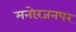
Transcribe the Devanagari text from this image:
मनोरंजनपर